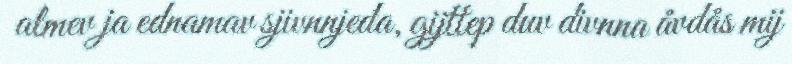
almev ja ednamav sjivnnjeda, gijttep duv divnna åvdås mij